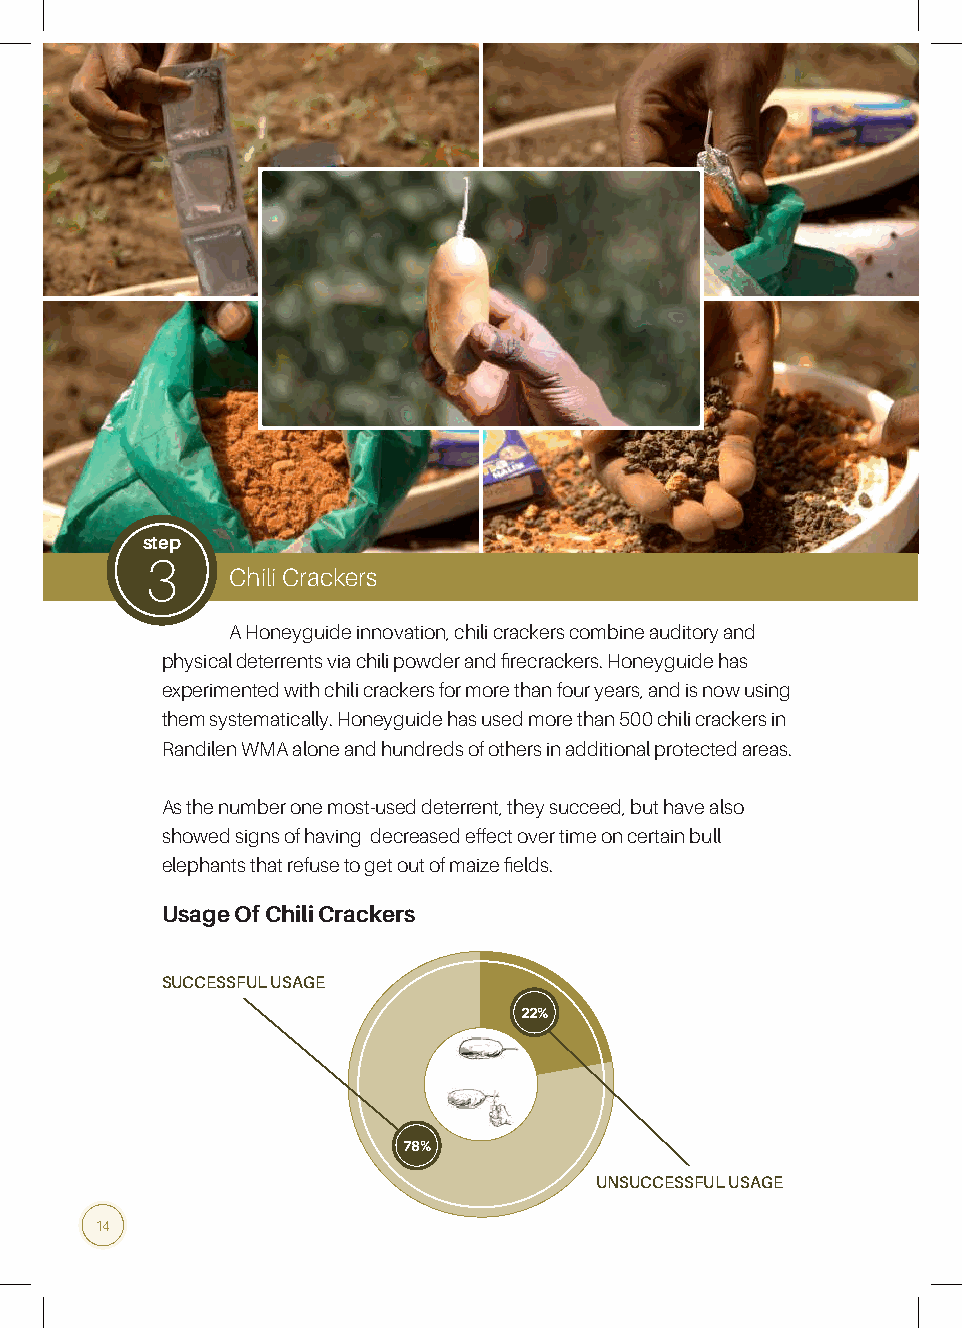
step
 3
 Chili Crackers
 A Honeyguide innovation, chili crackers combine auditory and
 physical deterrents via chili powder and firecrackers. Honeyguide has
 experimented with chili crackers for more than four years, and is now using
 them systematically. Honeyguide has used more than 500 chili crackers in
 Randilen WMA alone and hundreds of others in additional protected areas.
 As the number one most-used deterrent, they succeed, but have also
 showed signs of having decreased effect over time on certain bull
 elephants that refuse to get out of maize fields.
 Usage Of Chili Crackers
 SUCCESSFUL USAGE
 22%
 78%
 UNSUCCESSFUL USAGE
 14